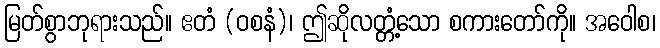
မြတ်စွာဘုရားသည်။ ဧတံ (ဝစနံ)၊ ဤဆိုလတ္တံ့သော စကားတော်ကို။ အဝေါစ၊